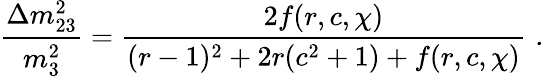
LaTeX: \frac{{\Delta}m_{23}^{2}}{m_{3}^{2}}=\frac{2f(r,c,\chi)}{(r-1)^{2}+2r(c^{2}+1)+f(r,c,\chi)}\, \, .